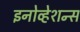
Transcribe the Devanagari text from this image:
इनोव्हेशन्स